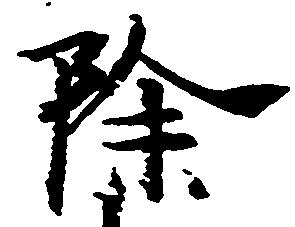
除